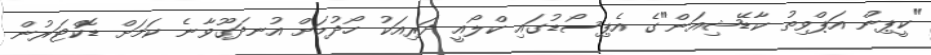
"ކީޕިން އަޕްވިތު ކާޑޭޝިއަން"ގެ އެޕިސޯޑުގައި ކްލޯއީ ދަރިއަކު ހޯދުމަށް އުނދަގޫވާނެ ކަމަށް ޑޮކްޓަރުން